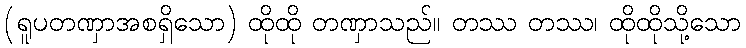
(ရူပတဏှာအစရှိသော) ထိုထို တဏှာသည်။ တဿ တဿ၊ ထိုထိုသို့သော